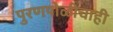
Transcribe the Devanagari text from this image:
पुरणपोळीचाही